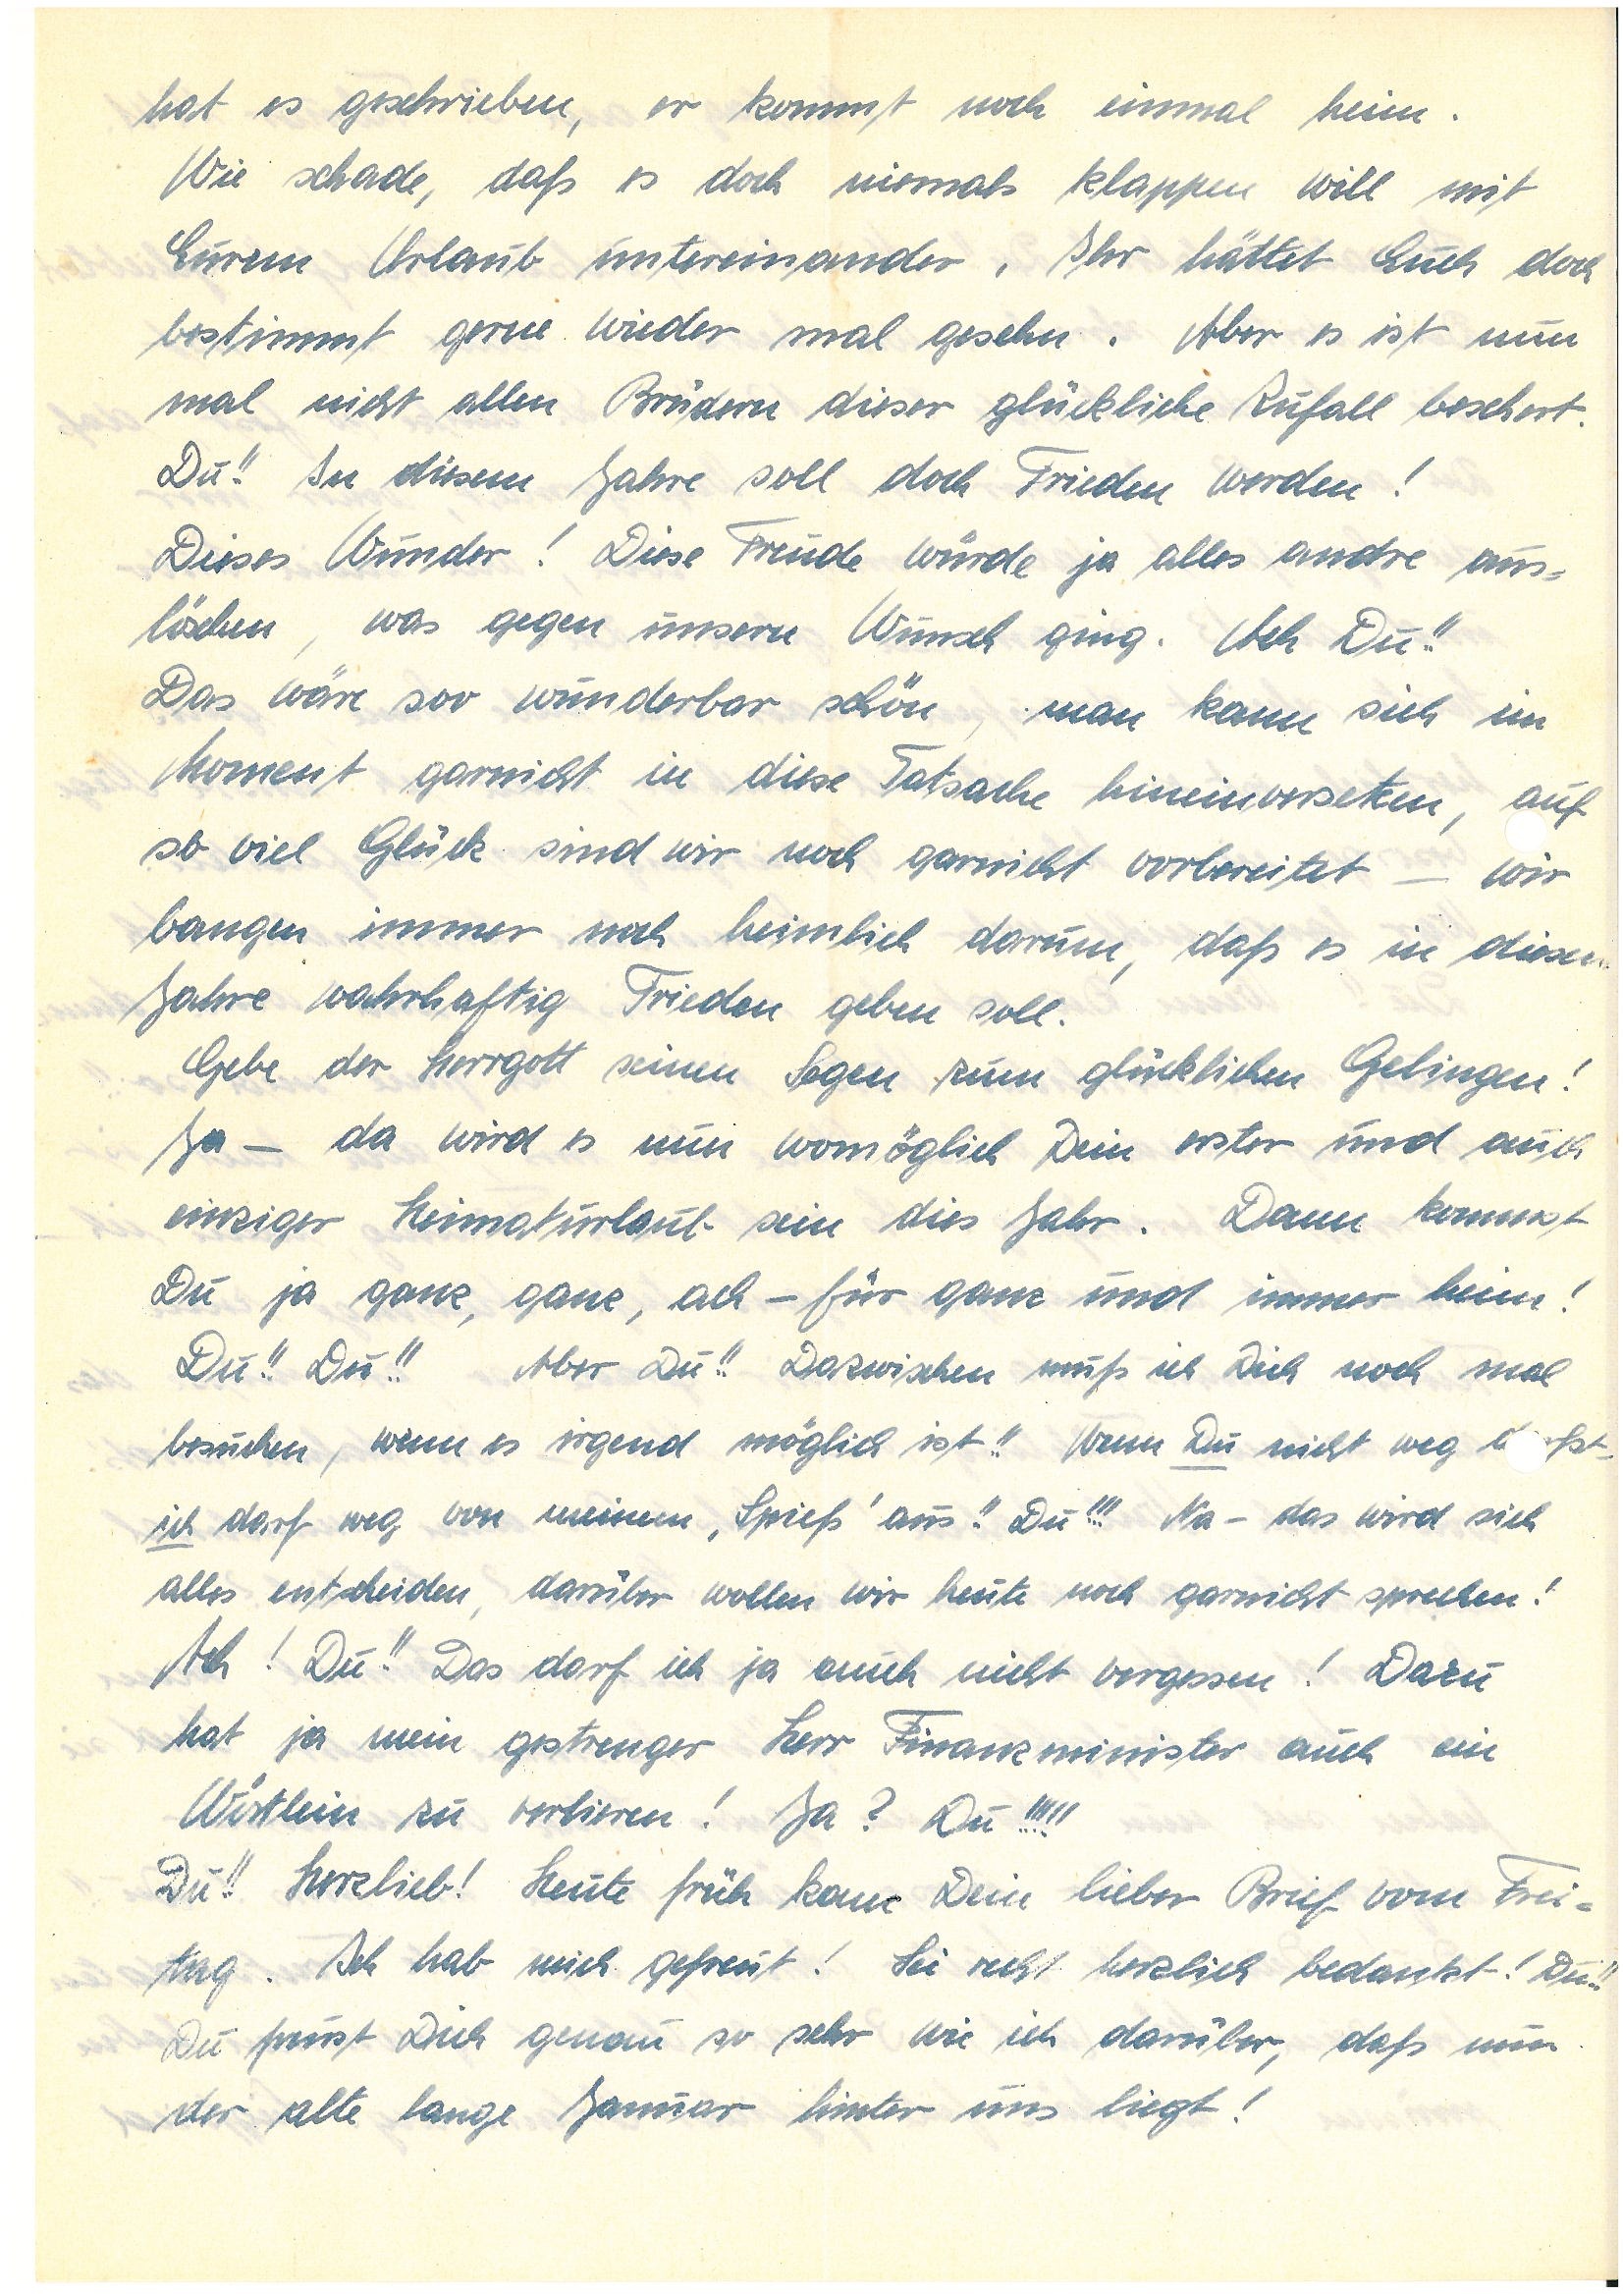
hat es geschrieben, er kommt noch einmal heim.
Wie schade, daß es doch niemals klappen will mit
Eurem Urlaub untereinander. Ihr hättet Euch doch
bestimmt gerne wieder mal gesehen. Aber es ist nun
mal nicht allen Brüdern dieser glückliche Zufall beschert.
Du!! In diesem Jahre soll doch Frieden werden!
Dieses Wunder! Diese Freude würde ja alles andre aus¬
löschen, was gegen unseren Wunsch ging. Ach Du!!
Das wäre soo wunderbar schön, man kann sich im
Moment garnicht in diese Tatsache hineinversetzen, auf
so viel Glück sind wir noch garnicht vorbereitet – wir
bangen immer noch heimlich darum, daß es in diesem
Jahre wahrhaftig Frieden geben soll.
Gebe der Herrgott seinen Segen zum glücklichen Gelingen!
Ja – da wird es nun womöglich Dein erster und auch
einziger Heimaturlaub sein dies Jahr. Dann kommst
Du ja ganz, ganz, ach – für ganz und immer heim!
Du!! Du!! Aber Du!! Dazwischen muß ich Dich noch mal
besuchen, wenn es irgend möglich ist!! Wenn Du nicht weg dfst,
ich darf weg von meinem ,Spieß‘ aus!! Du!!! Na – das wird sich
alles entscheiden, darüber wollen wir heute noch garnicht sprechen!
Ach! Du!! Das darf ich ja auch nicht vergessen! Dazu
hat ja mein gestrenger Herr Finanzminister auch ein
Wörtlein zu verlieren! Ja? Du!!!!!
Du!! Herzlieb! Heute früh kam Dein lieber Brief vom Frei¬
tag. Ich hab mich gefreut! Sei recht herzlich bedankt! Du!!
Du freust Dich genau so sehr wie ich darüber, daß nun
der alte lange Januar hinter uns liegt!